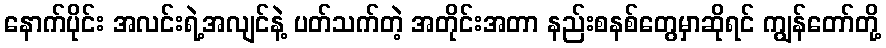
နောက်ပိုင်း အလင်းရဲ့အလျင်နဲ့ ပတ်သက်တဲ့ အတိုင်းအတာ နည်းစနစ်တွေမှာဆိုရင် ကျွန်တော်တို့